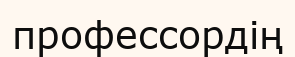
профессордің